Report of the Indian Hemp Drugs Commission, 1894-1895 - Volume V
Year: 1894
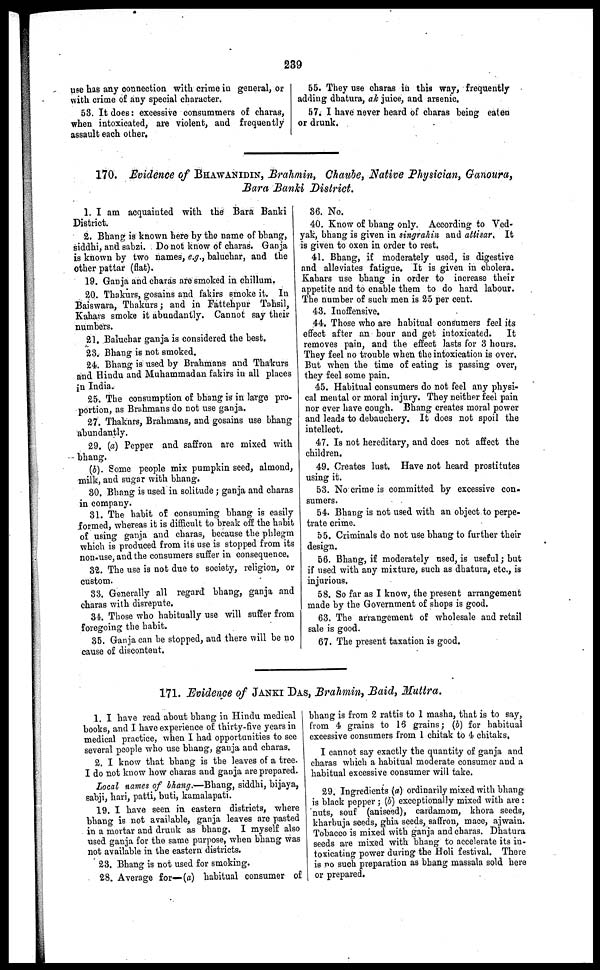
239
use has any connection with crime in general, or
with crime of any special character.
58. It does : excessive consummers of charas,
when intoxicated, are violent, and frequently
assault each other.
55. They use charas in this way, frequently
adding dhatura, ah juice, and arsenic.
57. I have never heard of charas being eaten
or drunk.
170. Evidence of BHAWANIDIN, Brahmin, Chaube, Native Physician, Ganoura,
Bara Banki District.
1. I am acquainted with the Bara Banki
District.
2. Bhang is known here by the name of bhang,
siddhi, and sabzi. Do not know of charas. Ganja
is known by two names, e.g., baluchar, and the
other pattar (flat).
19. Ganja and charas are smoked in chillum.
20. Thakurs, gosains and fakirs smoke it. In
Baiswara, Thakurs ; and in Fattehpur Tahsil,
Kahavs smoke it abundantly. Cannot say their
numbers.
21. Baluchar ganja is considered the best.
23. Bhang is not smoked.
24. Bhang is used by Brahmans and Thakurs
and Hindu and Muhammadan fakirs in all places
in India.
25. The consumption of bhang is in large pro-
portion, as Brahmans do not use ganja.
27. Thaknrs, Brahmans, and gosains use bhang
abundantly.
29. (a) Pepper and saffron are mixed with
bhang.
(b). Some people mix pumpkin seed, almond,
milk, and sugar with bhang.
30. Bhang is used in solitude ; ganja and charas
in company.
31. The habit of consuming bhang is easily
formed, whereas it is difficult to break off the habit
of using ganja and charas, because the phlegm
which is produced from its use is stopped from its
non-use, and the consumers suffer in consequence.
32. The use is not due to society, religion, or
custom.
33. Generally all regard bhang, ganja and
charas with disrepute.
34. Those who habitually use will suffer from
foregoing the habit.
35. Ganja can be stopped, and there will be no
cause of discontent.
36. No.
40. Know of bhang only. According to Ved-
yak, bhang is given in singrahin and attisar. It
is given to oxen in order to rest.
41. Bhang, if moderately used, is digestive
and alleviates fatigue. It is given in cholera.
Kahars use bhang in order to increase their
appetite and to enable them to do hard labour.
The number of such men is 25 per cent.
43. Inoffensive.
44. Those who are habitual consumers feel its
effect after an hour and get intoxicated.
It
removes pain, and the effect lasts for 3 hours.
They feel no trouble when the intoxication is over.
But when the time of eating is passing over,
they feel some pain.
45. Habitual consumers do not feel any physi-
cal mental or moral injury. They neither feel pain
nor ever have cough. Bhang creates moral power
and leads to debauchery. It does not spoil the
intellect.
47. Is not hereditary, and does not affect the
children.
49. Creates lust. Have not heard prostitutes
using it.
53. No crime is committed by excessive con-
sumers.
54. Bhang is not used with an object to perpe-
trate crime.
55. Criminals do not use bhang to further their
design.
56. Bhang, if moderately used, is useful ; but
if used with any mixture, such as dhatura, etc., is
injurious.
58. So far as I know, the present arrangement
made by the Government of shops is good.
63. The arrangement of wholesale and retail
sale is good.
67. The present taxation is good.
171. Evidence of JANKI DAS, Brahmin, Baid, Muttra.
1. I have read about bhang in Hindu medical
books, and I have experience of thirty-five years in
medical practice, when I had opportunities to see
several people who use bhang, ganja and charas.
2. I know that bhang is the leaves of a tree.
I do not know how charas and ganja are prepared.
Local names of bhang.—Bhang, siddhi, bijaya,
sabji, hari, patti, buti, kamalapati.
19. I have seen in eastern districts, where
bhang is not available, ganja leaves are pasted
in a mortar and drunk as bhang. I myself also
used ganja for the same purpose, when bhang was
not available in the eastern districts.
23. Bhang is not used for smoking.
28. Average for—(a) habitual consumer of
bhang is from 2 rattis to 1 masha, that is to say,
from 4 grains to 16 grains ; (b) for habitual
excessive consumers from 1 chitak to 4 chitaks,
I cannot say exactly the quantity of ganja and
charas which a habitual moderate consumer and a
habitual excessive consumer will take.
29. Ingredients (a) ordinarily mixed with bhang
is black pepper ; (b) exceptionally mixed with are :
nuts, souf (aniseed), cardamom, khora seeds,
kharbuja seeds, ghia seeds, saffron, mace, ajwain.
Tobacco is mixed with ganja and charas. Dhatura
seeds are mixed with bhang to accelerate its in-
toxicating power during the Holi festival. There
is no such preparation as bhang massala sold here
or prepared.